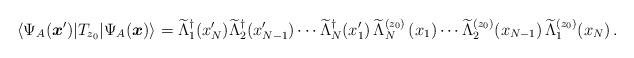
LaTeX: \begin{align*}\langle \Psi_A(\boldsymbol{x}')|T_{z_0}|\Psi_A(\boldsymbol{x})\rangle=\widetilde \Lambda^\dagger_{1}(x'_{N}) \widetilde \Lambda_{2}^\dagger(x'_{N-1}) \cdots\widetilde \Lambda_{N}^\dagger(x'_1)\,\widetilde \Lambda_{N}^{(z_0)}\left(x_1\right)\cdots \widetilde \Lambda_{2}^{(z_0)}(x_{N-1})\,\widetilde \Lambda_{1}^{(z_0)}(x_{N})\,.\end{align*}